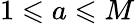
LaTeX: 1\leqslant a\leqslant M